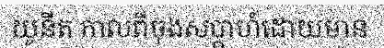
យូនីត កាលពីចុងសប្តាហ៍ដោយមាន